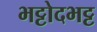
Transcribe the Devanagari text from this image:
भट्टोदभट्ट